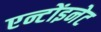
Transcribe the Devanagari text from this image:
एन्टोंइनेट